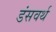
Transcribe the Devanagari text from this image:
डंसवर्थ